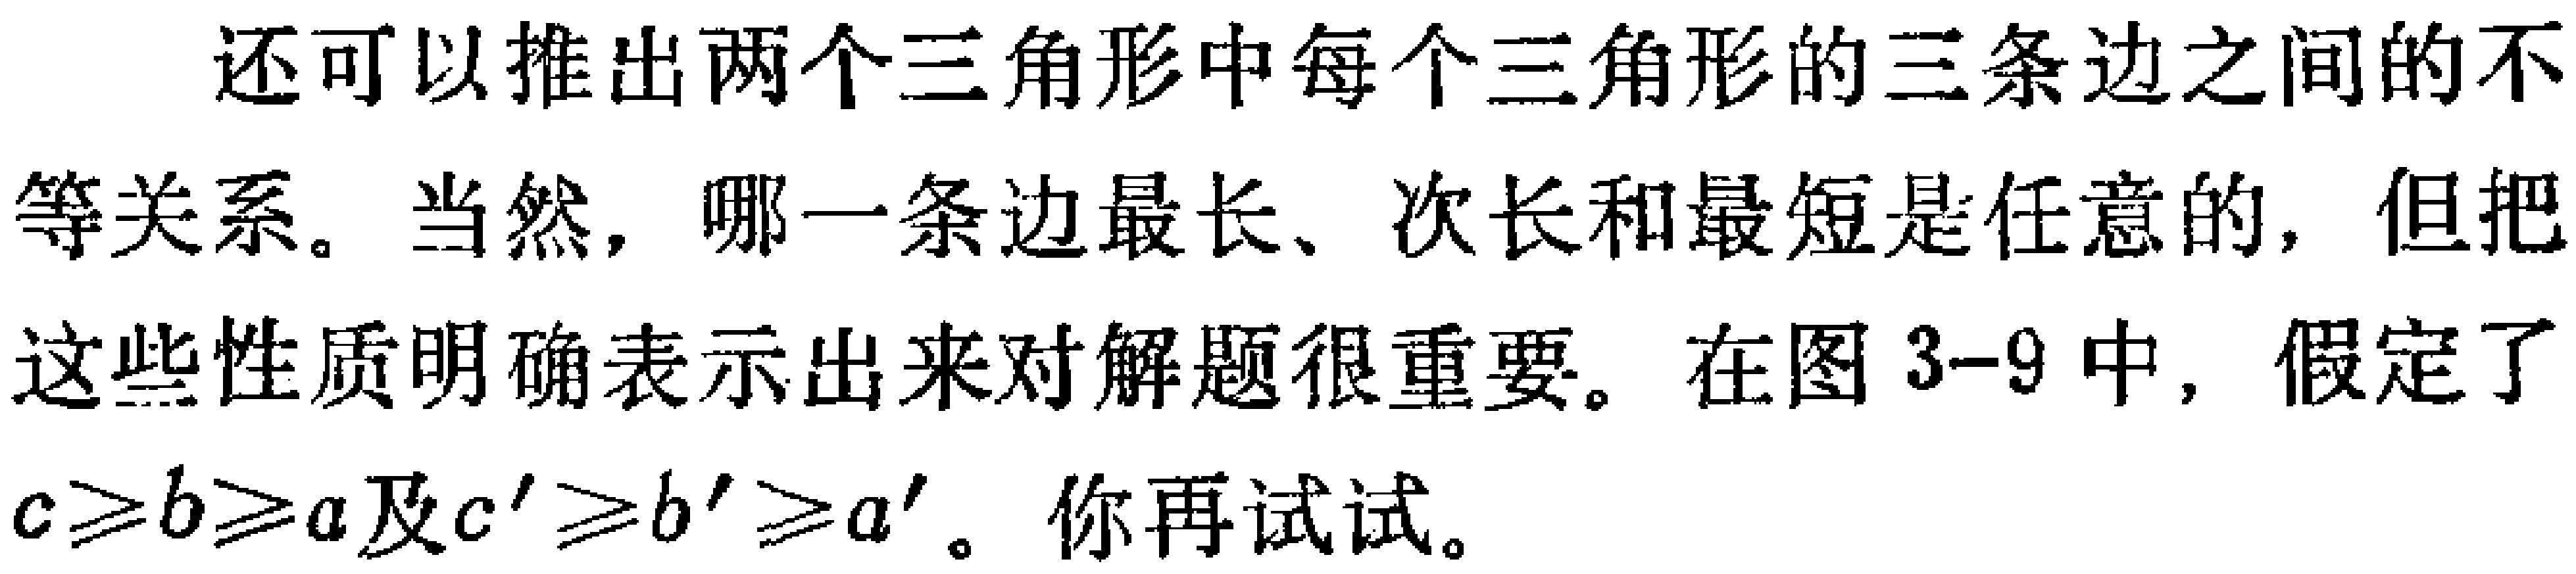
还可以推出两个三角形中每个三角形的三条边之间的不等关系。当然，哪一条边最长、次长和最短是任意的，但把这些性质明确表示出来对解题很重要。在图 3-9 中，假定了$c\geq b\geq a$及$c'\geq b'\geq a'$。你再试试。